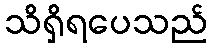
သိရှိရပေသည်